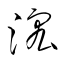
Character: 浤